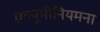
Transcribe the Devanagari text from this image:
एल्यूमीनियमना